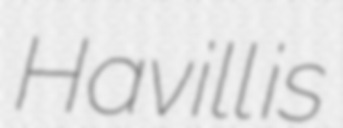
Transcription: Havill is